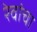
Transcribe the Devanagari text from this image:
रेवांचा